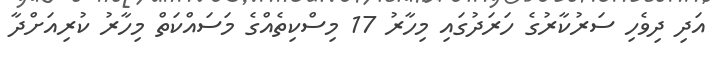
އަދި ދިވެހި ސަރުކާރުގެ ހަރަދުގައި މިހާރު 17 މިސްކިތެއްގެ މަސައްކަތް މިހާރު ކުރިއަށްދާ